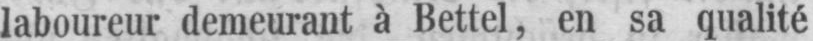
laboureur demeurant à Bettel, en sa qualité